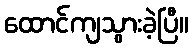
ထောင်ကျသွားခဲ့ပြီ။